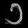
Digit: ၁